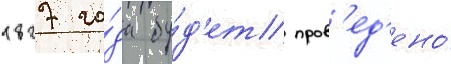
1827 го́да бу́д'ет пров'ед'ено́